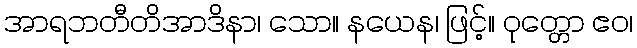
အာရဘတီတိအာဒိနာ၊ သော။ နယေန၊ ဖြင့်။ ဝုတ္တော ဧဝ၊